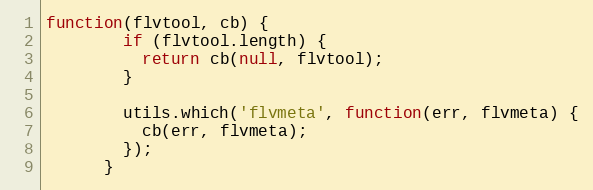
Language: JavaScript
function(flvtool, cb) {
        if (flvtool.length) {
          return cb(null, flvtool);
        }

        utils.which('flvmeta', function(err, flvmeta) {
          cb(err, flvmeta);
        });
      }